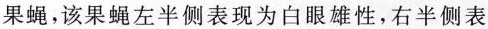
果蝇，该果蝇左半侧表现为白眼雄性，右半侧表